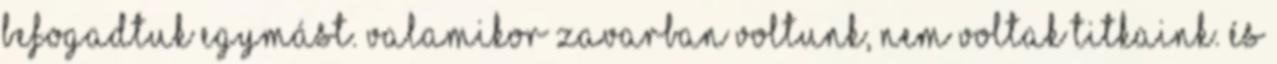
befogadtuk egymást. Valamikor zavarban voltunk, nem voltak titkaink. És